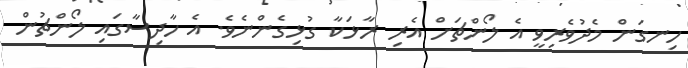
ހިނގަން މެދުވެރިވީ އެ ލޯންޗަަށް އެރި ރާޅަކާ ގުޅިގެންނެވެ. އެ ހާދިސާގައި ލޯންޗުން